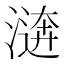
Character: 𣽑